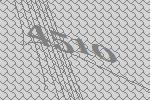
4510